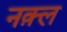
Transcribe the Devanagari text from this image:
नक़्ल